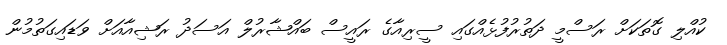
ކުއްލި ގޮތަކަށް ރަސްމީ ދަތުރުފުޅެއްގައި ސީރިއާގެ ރައީސް ބައްޝާރުލް އަސަދު ރަޝިއާއަށް ވަޑައިގަތުމުން